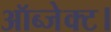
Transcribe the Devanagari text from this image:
ऑब्जेक्ट।